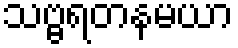
သဗ္ဗရတနမယာ